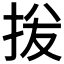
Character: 𫼦